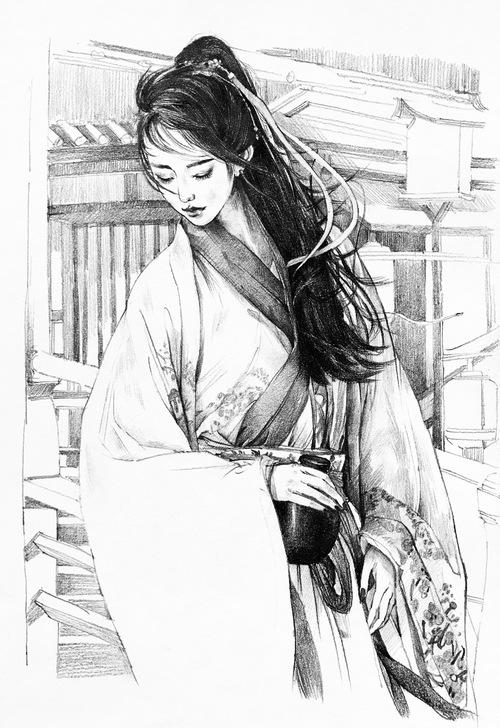
山黛远，月波长，暮云秋影蘸潇湘。